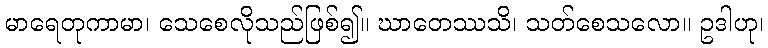
မာရေတုကာမာ၊ သေစေလိုသည်ဖြစ်၍။ ဃာတေဿသိ၊ သတ်စေသလော။ ဥဒါဟု၊